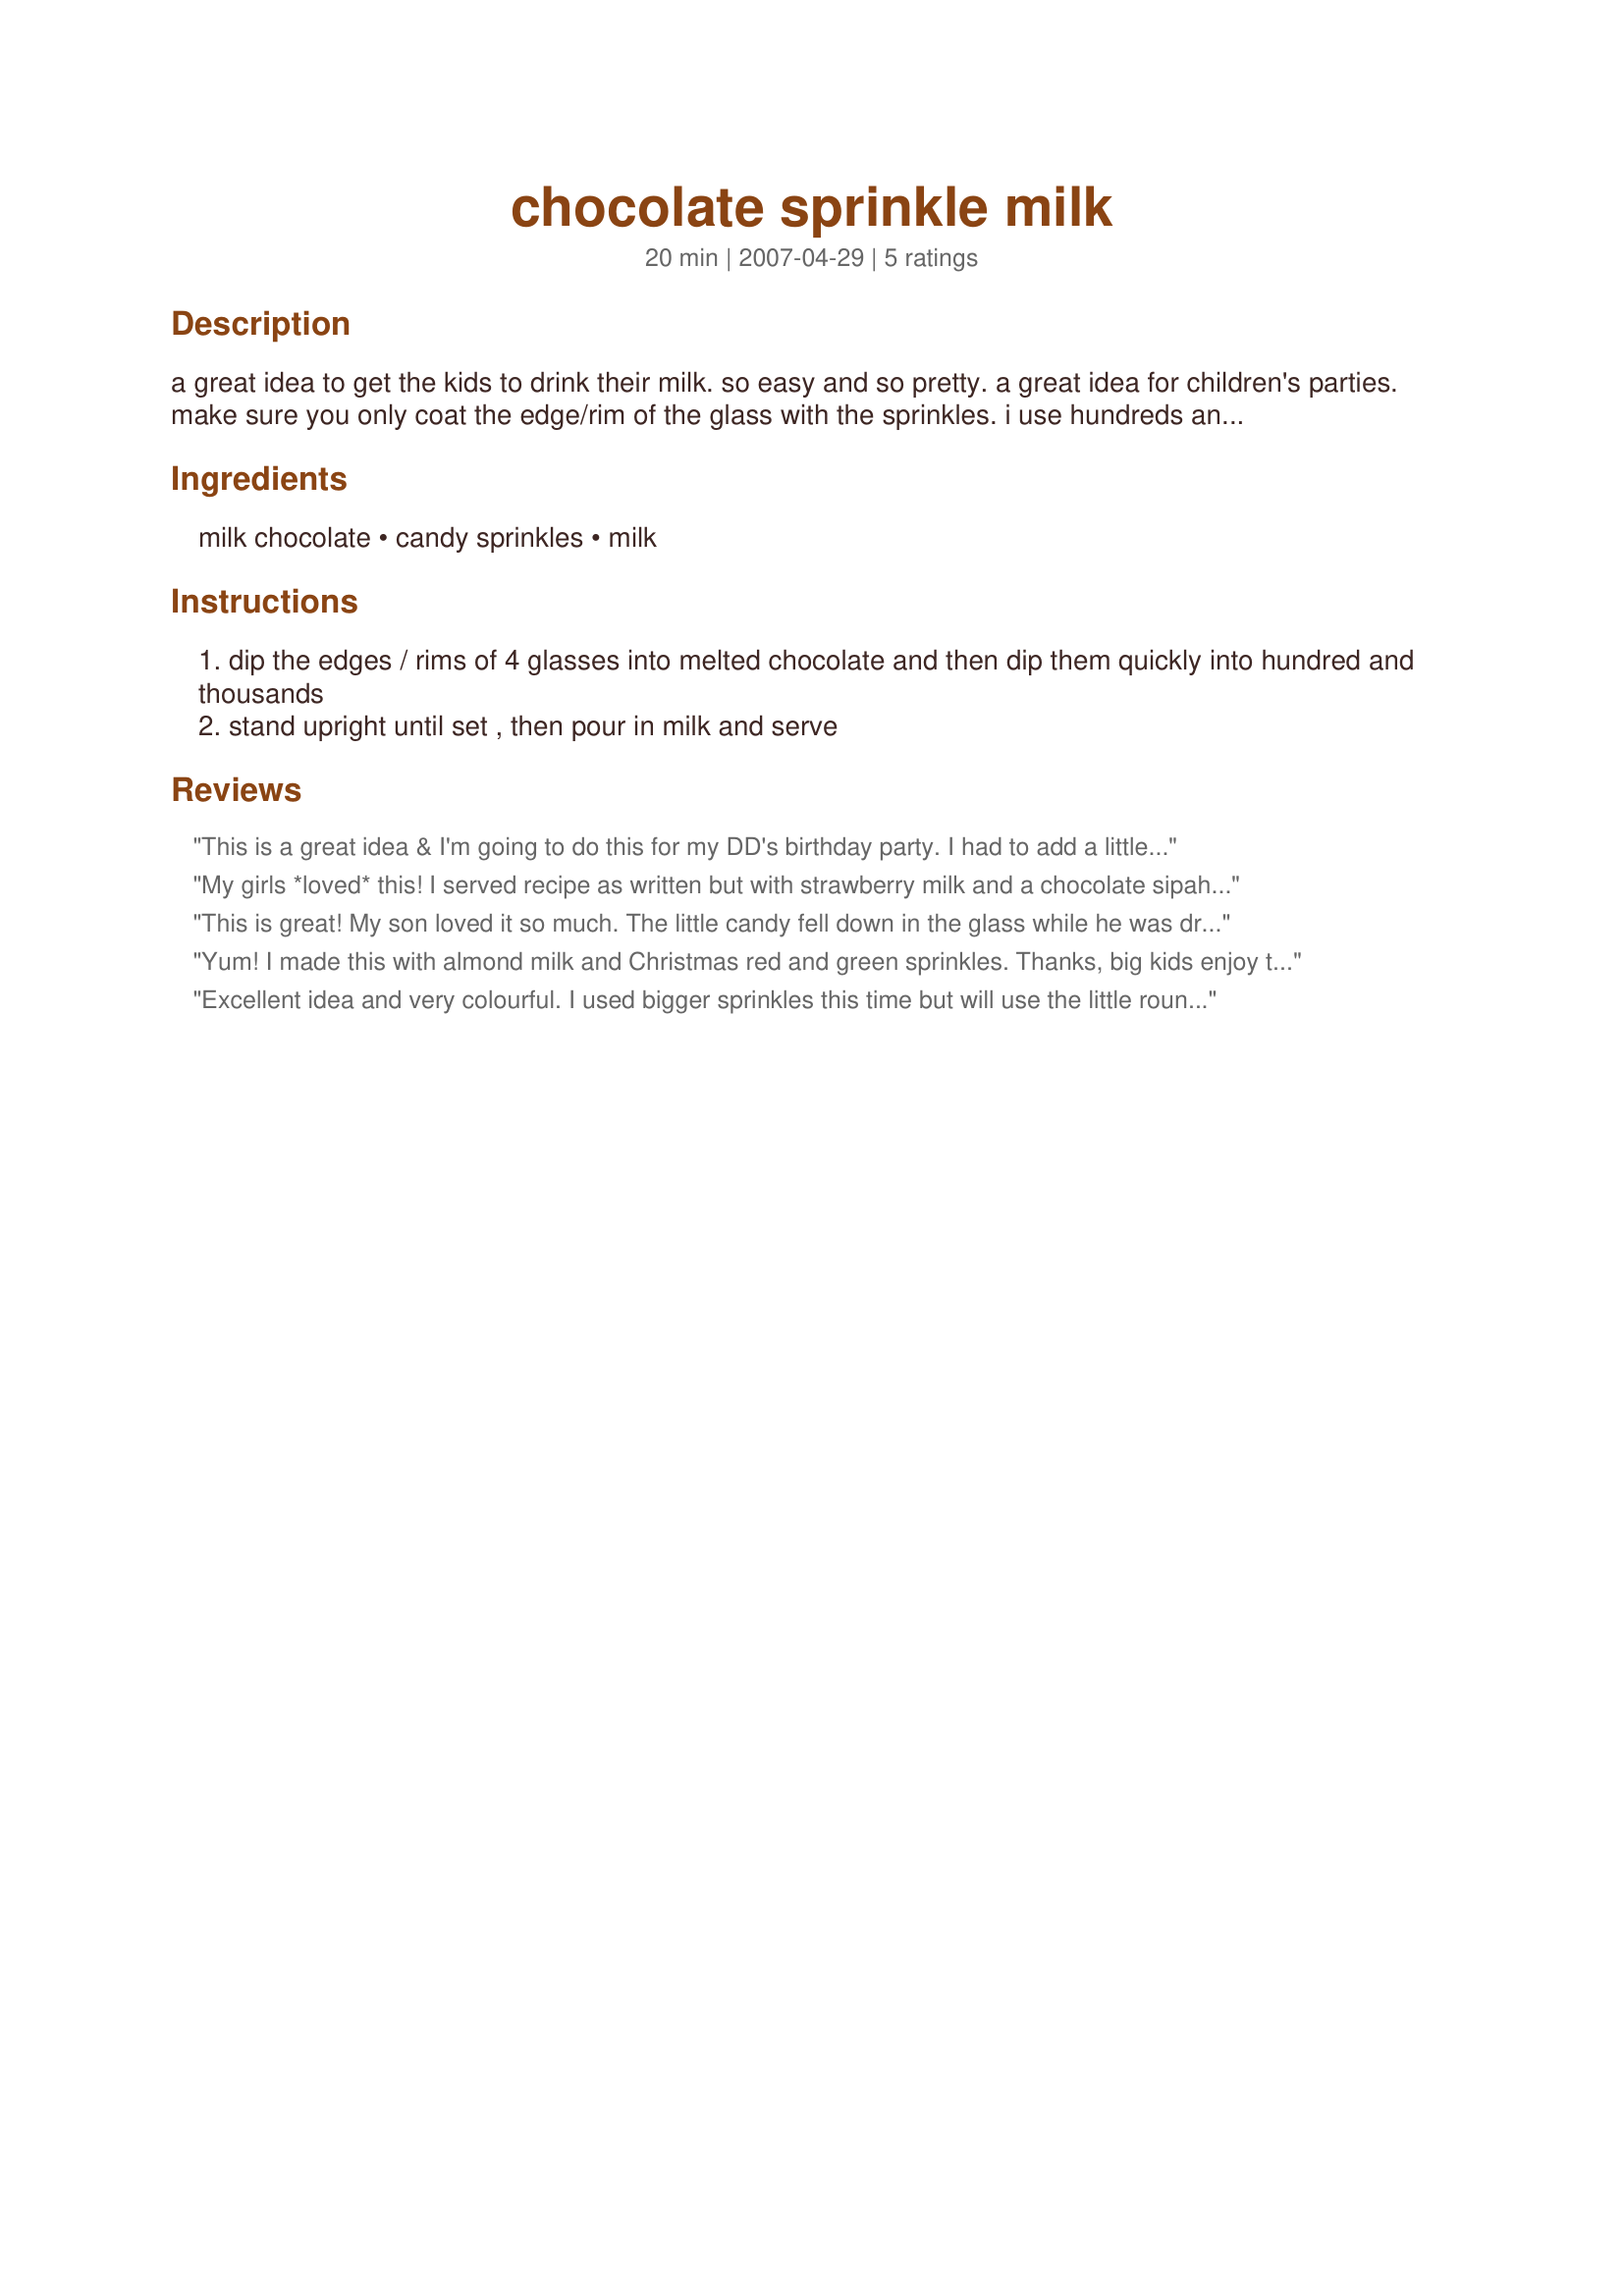
chocolate sprinkle milk
Preparation time: 20 minutes

a great idea to get the kids to drink their milk. so easy and so pretty. a great idea for children's parties. make sure you only coat the edge/rim of the glass with the sprinkles. i use hundreds and thousands but couldn't list these under ingredients as they were not recognised as an ingredient.

Ingredients:
milk chocolate, candy sprinkles, milk

Steps:
dip the edges / rims of 4 glasses into melted chocolate and then dip them quickly into hundred and thousands
stand upright until set , then pour in milk and serve

Reviews:
This is a great idea & I'm going to do this for my DD's birthday party. I had to add a little butter to the chocolate to help it melt a little easier but otherwise made as directed. Thanks!
My girls *loved* this! I served recipe as written but with strawberry milk and a chocolate sipahh straw (www.sipahh.com). Yum!
This is great! My son loved it so much. The little candy fell down in the glass while he was drinking so the milk had a great color which amazed him. Thank you so much for posting it. I'll be doing that very often for him. I have a feeling he will ask it soon. Made for the Australian swap for October 2011
Yum! I made this with almond milk and Christmas red and green sprinkles. Thanks, big kids enjoy this too! :D Made for Australian swap, Feb. 2009.
Excellent idea and very colourful. I used bigger sprinkles this time but will use the little round sprinkles (hundreds and thousands) next time.
DD totally enjoyed getting her chocolate milk like this and I will be making this again when her little friends come over. Please see my rating system: an easy very popular recipes with kids and ALL the milk dissapeared pronto since they were having so much fun with the novelty glasses. Thanks!
